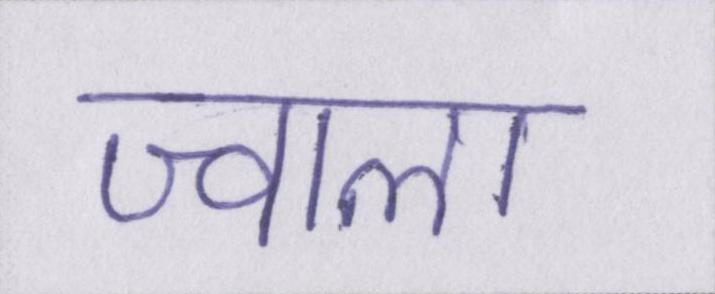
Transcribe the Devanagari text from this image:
ज्वाला